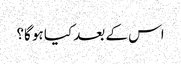
اس کے بعد کیا ہو گا؟